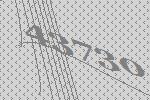
43730